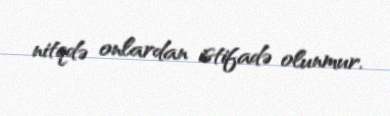
nitqdə onlardan istifadə olunmur.